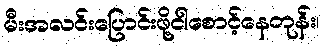
မီးအလင်းပြောင်းဖို့ငါစောင့်နေတုန်း၊